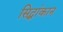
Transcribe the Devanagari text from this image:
सिद्धांकान